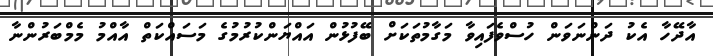
އާދޭހާ އެކު ދަންނަވަން ހުސްވެފައިވާ މަގާމުތަކަށް ބޭފުޅުން އައްޔަންކުރުމުގެ މަސައްކަތް އާއްމު މެމްބަރުންނާ